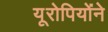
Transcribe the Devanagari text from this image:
यूरोपियोंने